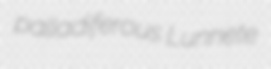
palladiferous Lunnete